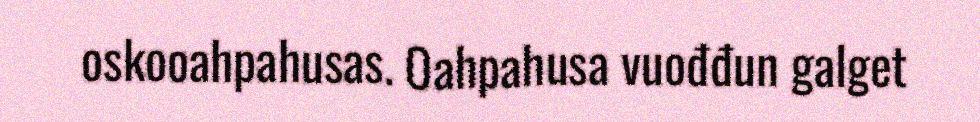
oskooahpahusas. Oahpahusa vuođđun galget